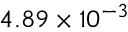
4 . 8 9 \times 1 0 ^ { - 3 }